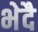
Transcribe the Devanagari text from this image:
भेदै